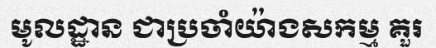
មូលដ្ឋាន ជាប្រចាំយ៉ាងសកម្ម គួរ